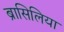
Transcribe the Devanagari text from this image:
ब्रासिलिया